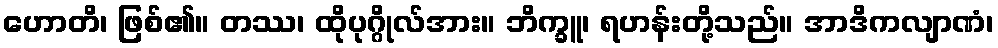
ဟောတိ၊ ဖြစ်၏။ တဿ၊ ထိုပုဂ္ဂိုလ်အား။ ဘိက္ခူ၊ ရဟန်းတို့သည်။ အာဒိကလျာဏံ၊